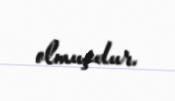
olmuşdur.